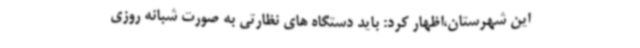
این شهرستان،اظهار کرد: باید دستگاه های‌ نظارتی به صورت شبانه روزی